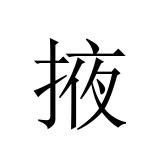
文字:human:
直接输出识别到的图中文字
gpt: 掖